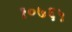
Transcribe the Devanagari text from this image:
१०७६५